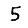
Digit: 5